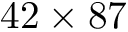
4 2 \times 8 7